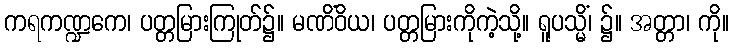
ကရကဏ္ဍကေ၊ ပတ္တမြားကြုတ်၌။ မဏိံဝိယ၊ ပတ္တမြားကိုကဲ့သို့။ ရူပသ္မိံ၊ ၌။ အတ္တာ၊ ကို။